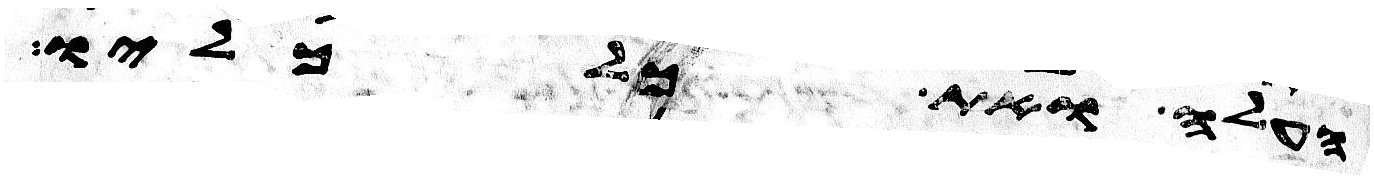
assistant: העלה ואת כל כליו